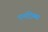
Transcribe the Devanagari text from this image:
एनट्रिक्स